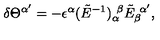
\delta \Theta ^ { \alpha ^ { \prime } } = - \epsilon ^ { \alpha } ( \tilde { E } ^ { - 1 } ) _ { \alpha } ^ { \ \beta } \tilde { E } _ { \beta } ^ { \ \alpha ^ { \prime } } ,